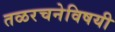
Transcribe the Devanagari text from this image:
तळरचनेविषयी